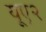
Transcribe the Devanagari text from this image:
यूए२